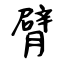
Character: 臂